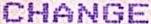
CHANGE